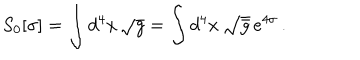
LaTeX: S _ { 0 } [ \sigma ] = \int d ^ { 4 } x \, \sqrt { g } = \int d ^ { 4 } x \, \sqrt { \bar { g } } \, e ^ { 4 \sigma } \, .